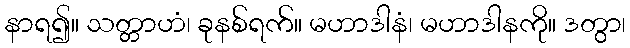
နာရ၍။ သတ္တာဟံ၊ ခုနစ်ရက်။ မဟာဒါနံ၊ မဟာဒါနကို။ ဒတွာ၊